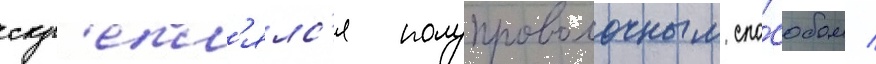
скр'епл'ялс'я полупроволочным спо́собом /